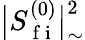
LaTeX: \big\lvert S_{\mathrm{~f~i~}}^{(0)}\big\rvert_{\sim}^{2}